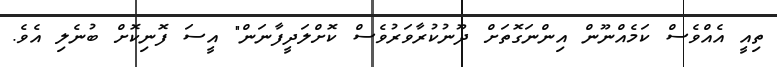
ތިއީ އެއްވެސް ކަމެއްނޫން އިންނަގޮތަށް ދޫނުކުރާވަރުވެސް ކޮށްލަދީފާނަން" އީސަ ފޮނިކޮށް ބުނެލި އެވެ.